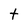
Character: t